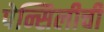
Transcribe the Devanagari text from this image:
पेन्सिलीची